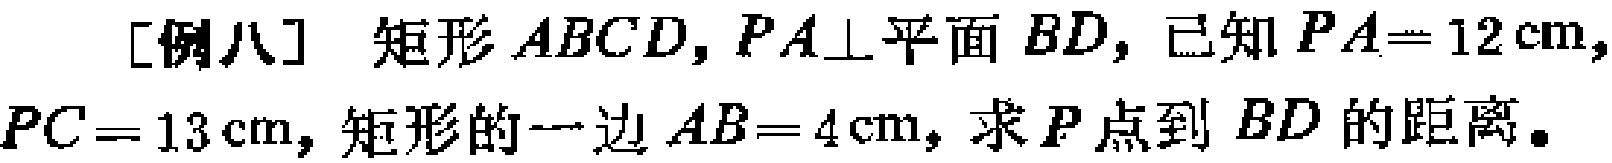
[例八] 矩形 \(ABCD\)，\(PA\perp\)平面 \(BD\)，已知 \(PA = 12\text{cm}\)，\(PC = 13\text{cm}\)，矩形的一边 \(AB = 4\text{cm}\)，求 \(P\)点到 \(BD\) 的距离。